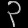
Digit: ၃